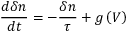
\frac { d \delta n } { d t } = - \frac { \delta n } { \tau } + g \left( V \right)